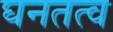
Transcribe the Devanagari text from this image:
घनतत्व